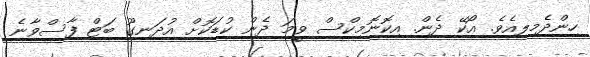
ހިންދެމިލިއެވެ. އޯކޭ ދެން. އިކޮނޮމިކްސް ވީމަ ދެން ކުޑަކޮށް އުދަނގޫ ބަޓް ފާސްވާނެ